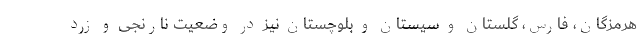
هرمزگان، فارس، گلستان و سیستان و بلوچستان نیز در وضعیت نارنجی و زرد